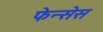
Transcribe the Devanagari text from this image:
फेन्सेस